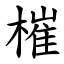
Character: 槯